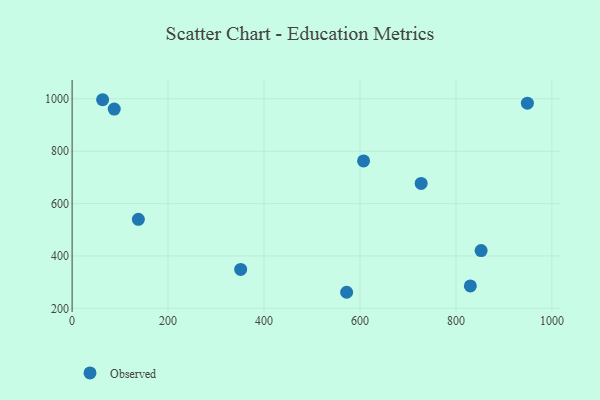
{"axis": {"x": "Engine Size", "y": "Rating"}, "legend": ["Observed"], "data": [{"x": "948.9", "y": 983.4, "type": "Observed"}, {"x": "351.3", "y": 348.6, "type": "Observed"}, {"x": "87.8", "y": 961.0, "type": "Observed"}, {"x": "852.5", "y": 420.6, "type": "Observed"}, {"x": "63.6", "y": 996.6, "type": "Observed"}, {"x": "138.1", "y": 539.9, "type": "Observed"}, {"x": "572.2", "y": 261.4, "type": "Observed"}, {"x": "727.5", "y": 677.1, "type": "Observed"}, {"x": "607.5", "y": 763.1, "type": "Observed"}, {"x": "830.0", "y": 285.8, "type": "Observed"}]}